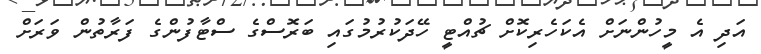
އަދި އެ މީހުންނަށް އެކަހެރިކޮށް ޗުއްޓީ ހޭދަކުރުމުގައި ބަރޮސްގެ ސްޓާފުންގެ ފަރާތުން ވަރަށް